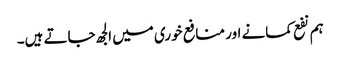
ہم نفع کمانے اور منافع خوری میں الجھ جاتے ہیں۔